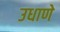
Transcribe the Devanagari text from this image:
उधाणे